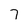
Character: 7